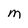
Character: m